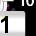
Digit: 1